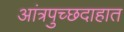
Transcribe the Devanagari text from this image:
आंत्रपुच्छदाहात